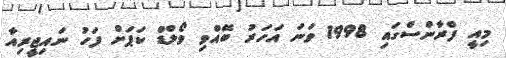
މިއީ ފްރާންސްގައި 1998 ވަނަ އަހަރު ބޭއްވި ވޯލްޑް ކަޕަށް ފަހު ނައިޖީރިއާ